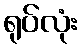
ရုပ်လုံး